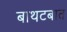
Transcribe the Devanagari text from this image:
बाथटबात